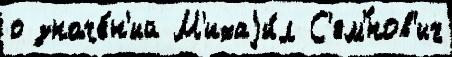
о значе́н'ий М'ихаjи́л С'ем'́нов'ич